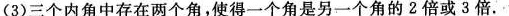
(3)三个内角中存在两个角，使得一个角是另一个角的2倍或3倍.